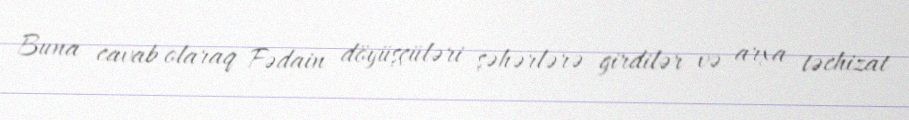
Buna cavab olaraq Fədain döyüşçüləri şəhərlərə girdilər və arxa təchizat